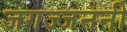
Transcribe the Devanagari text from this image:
जगज्जननी